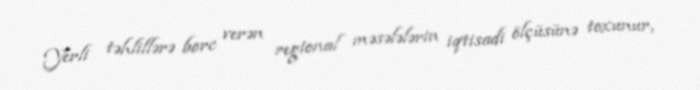
Yerli təhlillərə borc verən regional məsələlərin iqtisadi ölçüsünə toxunur,